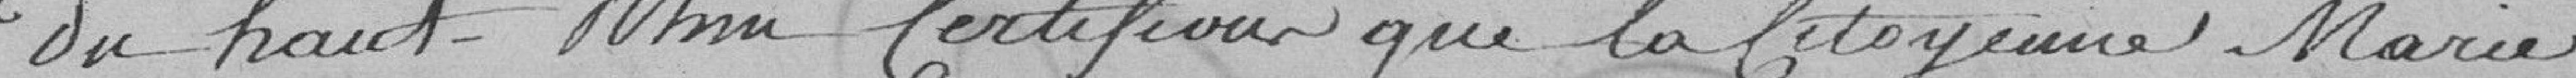
du Haut-Rhin certifiant que la citoyenne Marie